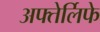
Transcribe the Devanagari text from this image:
अफ्तेर्लिफे